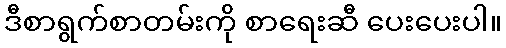
ဒီစာရွက်စာတမ်းကို စာရေးဆီ ပေးပေးပါ။